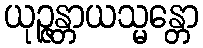
ယုဉ္ဇန္တာယသ္မန္တော